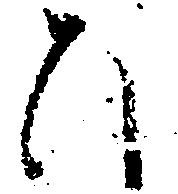
ひ